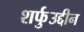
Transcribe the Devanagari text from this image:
शर्फुउद्दीन